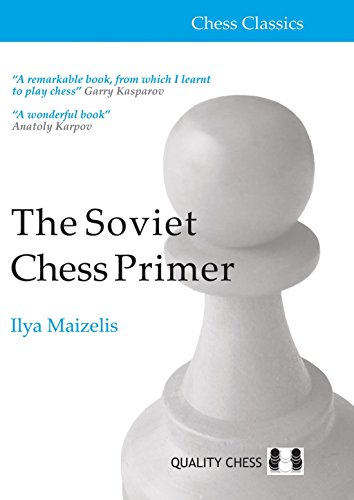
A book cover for The Soviet Chess Primer (Chess Classics); Ilya Maizelis; Humor & Entertainment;